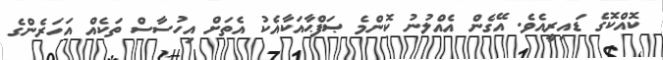
ކޮއްކޮގެ ޑައިރީއެވެ. އޭގެން އެއްލުނު ކޮންމެ ޞަފްޙާއަކާއެކު އެތަށް އިހުސާސް ތަކެއް އަހަރެންގެ